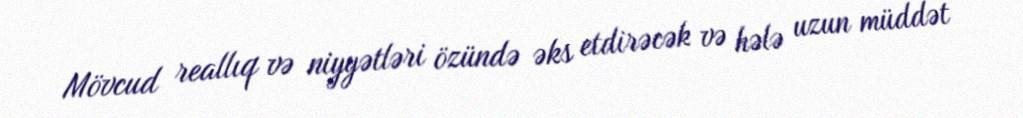
Mövcud reallıq və niyyətləri özündə əks etdirəcək və hələ uzun müddət